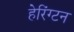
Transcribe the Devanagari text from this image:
हेरिंग्टन